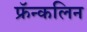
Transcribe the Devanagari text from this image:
फ्रॅन्कलिन